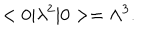
< 0 | \lambda ^ { 2 } | 0 > = \Lambda ^ { 3 } .